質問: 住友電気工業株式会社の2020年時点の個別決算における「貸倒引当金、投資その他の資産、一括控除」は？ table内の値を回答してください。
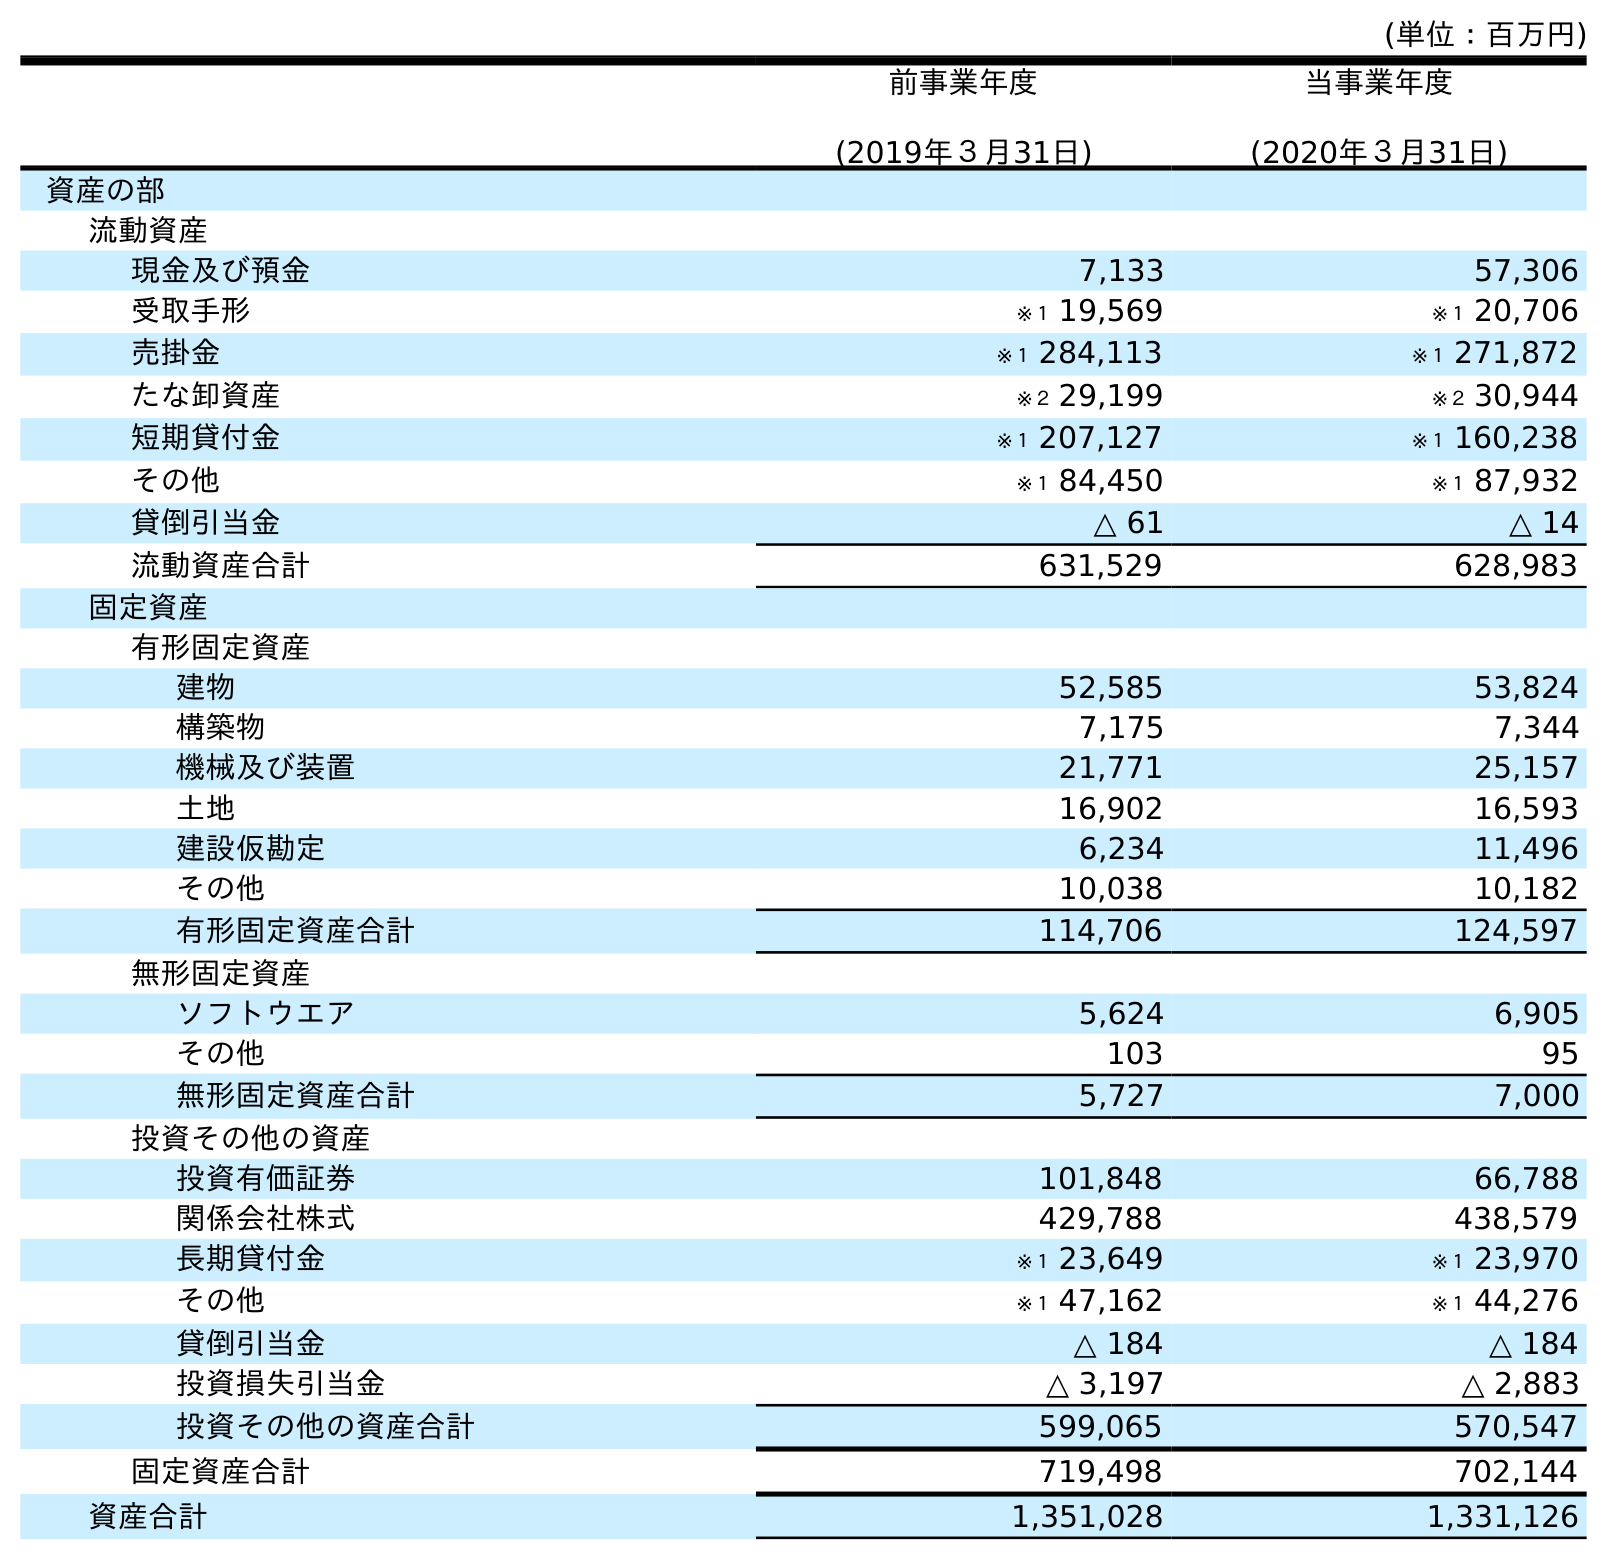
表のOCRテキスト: (単位：百万円) 前事業年度 (2019年３月31日) 当事業年度 (2020年３月31日) 資産の部 流動資産 現金及び預金 7,133 57,306 受取手形 ※１ 19,569 ※１ 20,706 売掛金 ※１ 284,113 ※１ 271,872 たな卸資産 ※２ 29,199 ※２ 30,944 短期貸付金 ※１ 207,127 ※１ 160,238 その他 ※１ 84,450 ※１ 87,932 貸倒引当金 △ 61 △ 14 流動資産合計 631,529 628,983 固定資産 有形固定資産 建物 52,585 53,824 構築物 7,175 7,344 機械及び装置 21,771 25,157 土地 16,902 16,593 建設仮勘定 6,234 11,496 その他 10,038 10,182 有形固定資産合計 114,706 124,597 無形固定資産 ソフトウエア 5,624 6,905 その他 103 95 無形固定資産合計 5,727 7,000 投資その他の資産 投資有価証券 101,848 66,788 関係会社株式 429,788 438,579 長期貸付金 ※１ 23,649 ※１ 23,970 その他 ※１ 47,162 ※１ 44,276 貸倒引当金 △ 184 △ 184 投資損失引当金 △ 3,197 △ 2,883 投資その他の資産合計 599,065 570,547 固定資産合計 719,498 702,144 資産合計 1,351,028 1,331,126
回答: △184